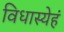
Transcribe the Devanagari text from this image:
विधास्येहं